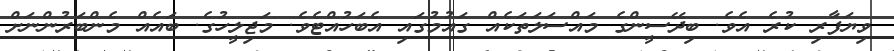
ވިޔަފާރި ކުރެ އެވެ. ބިދޭސީންގެ މައްސަލަތަކެއް ގައުމުގައި އެބަހުއްޓެވެ. މަޖިލީހުގެ. ބައެއް މެންބަރުންނަށް